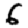
Digit: 6